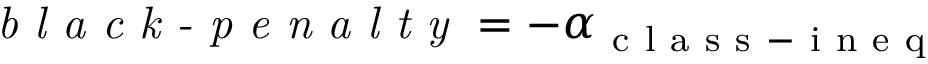
\textit { b l a c k - p e n a l t y } = - \alpha _ { \mathrm { ~ c ~ l ~ a ~ s ~ s ~ - ~ i ~ n ~ e ~ q ~ } }